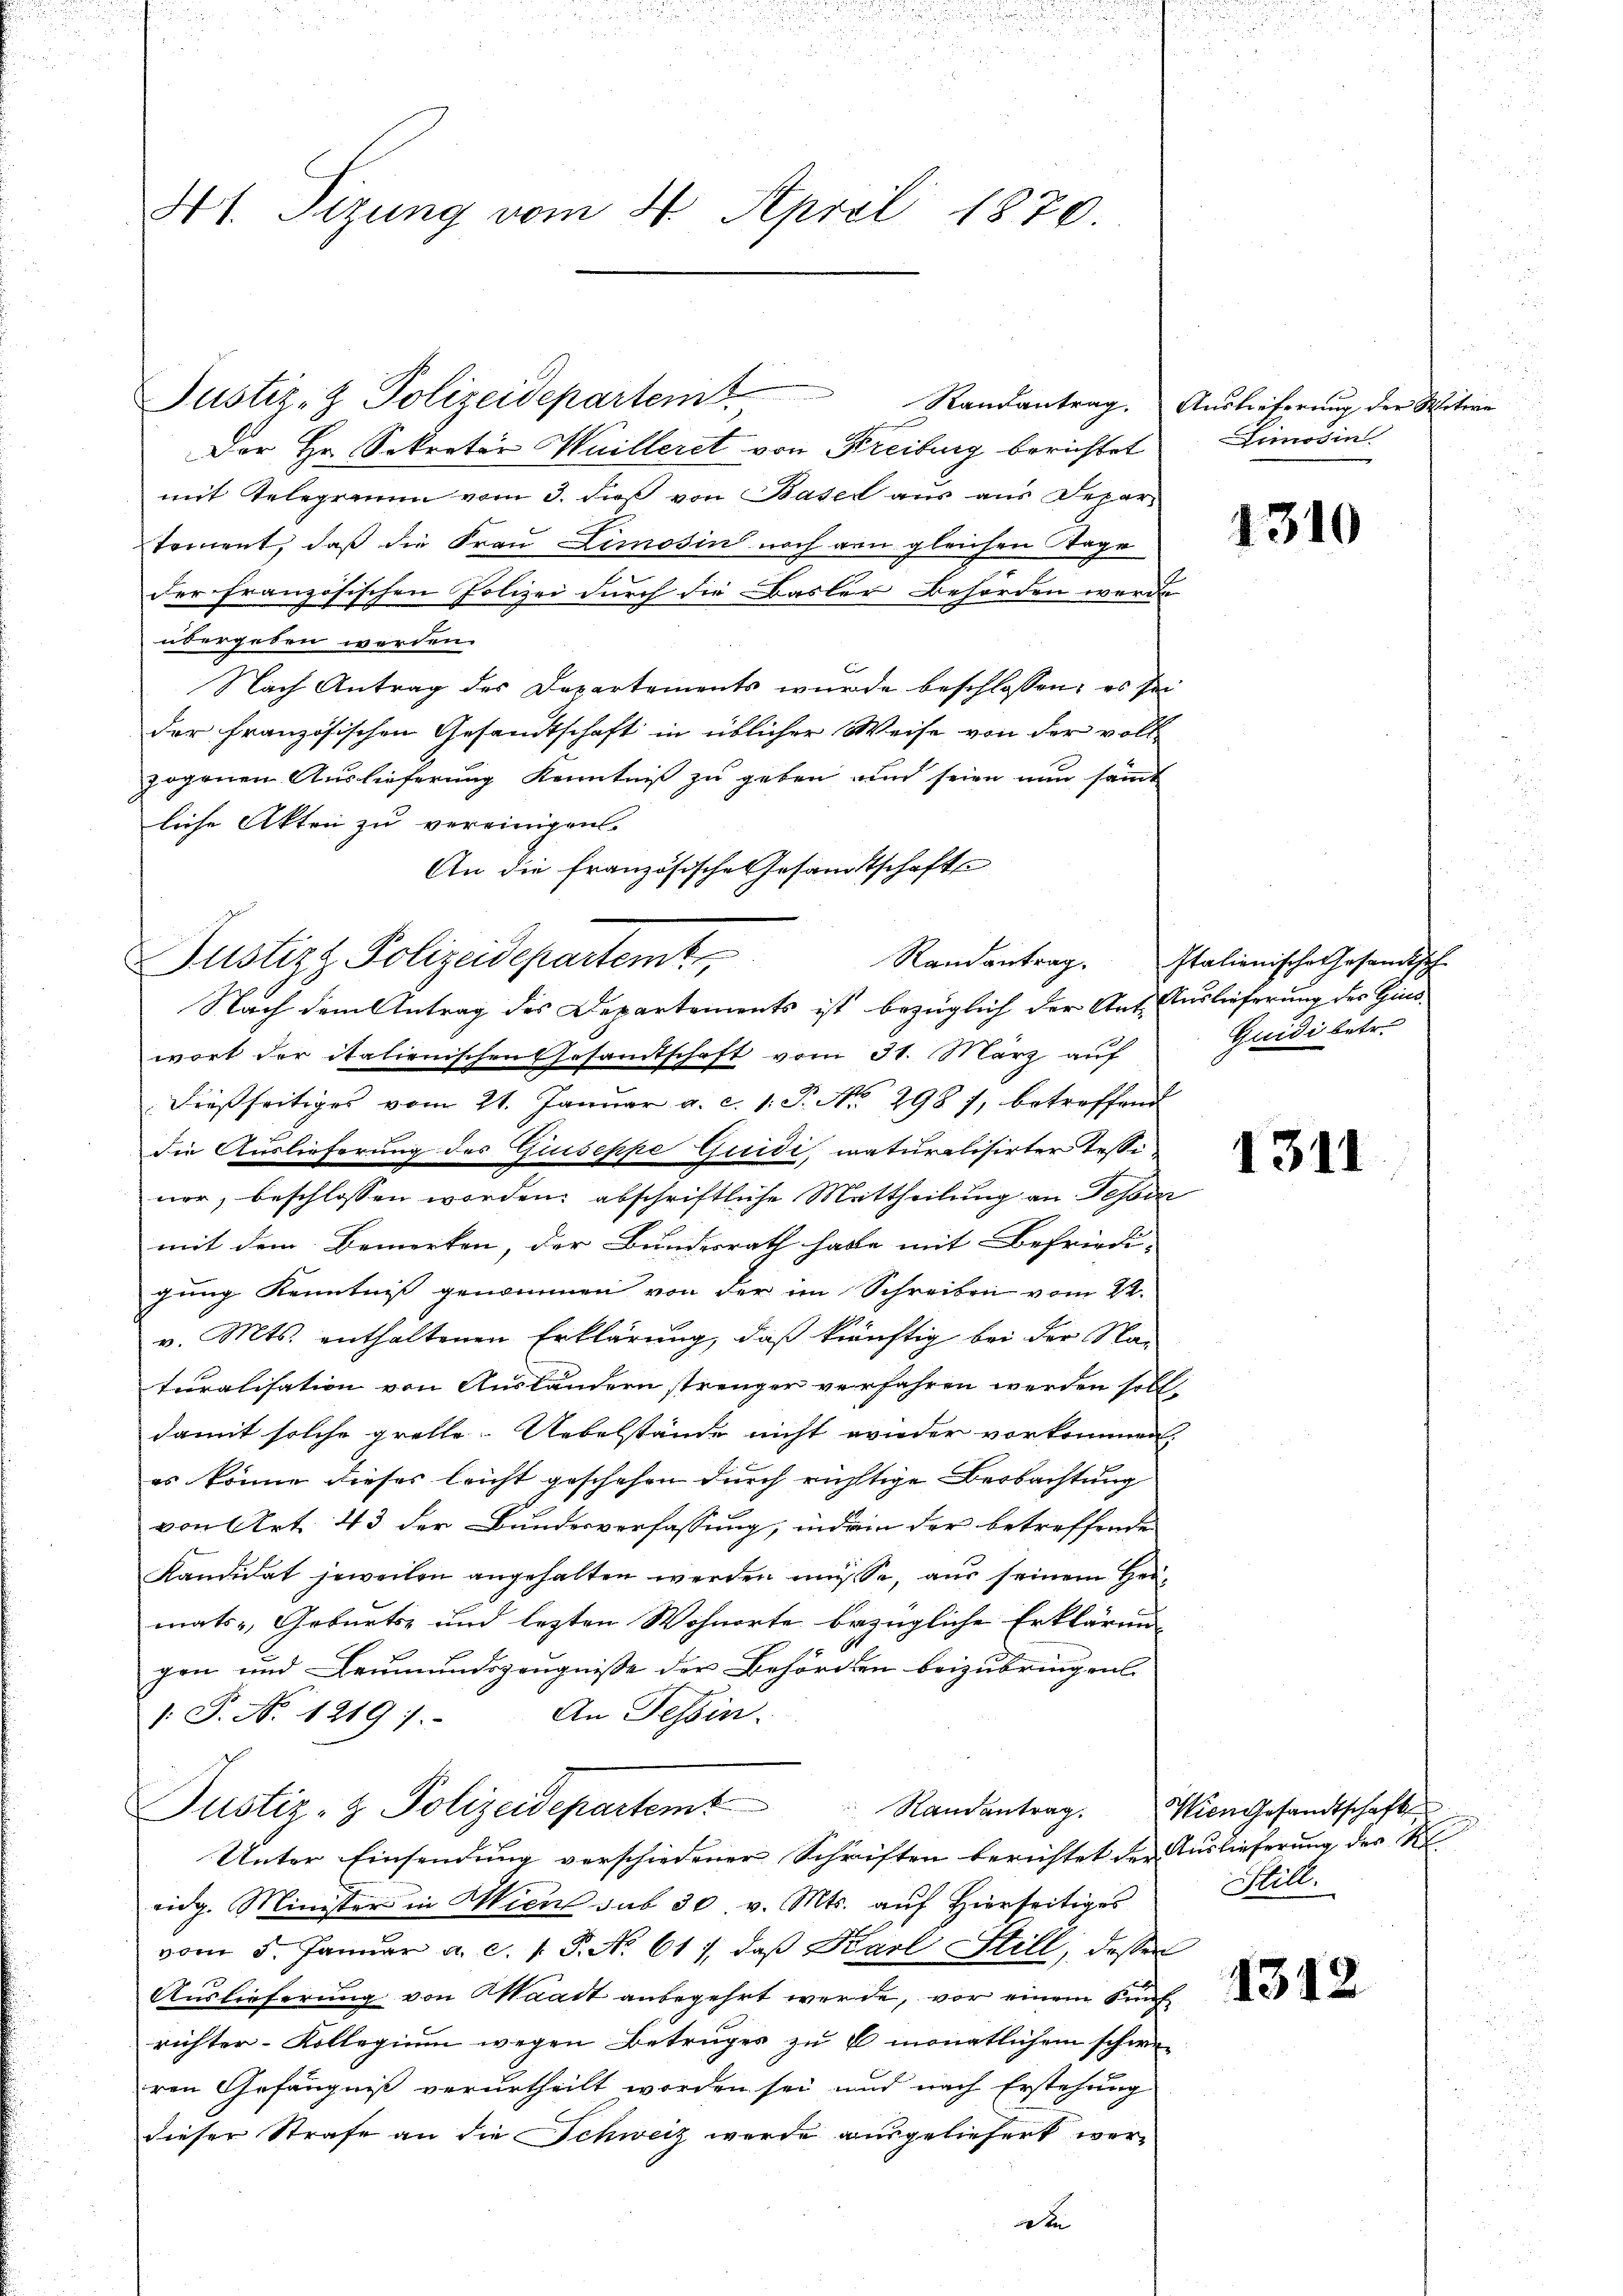
41. Tizung vom 4. April 1870.

Justiz & Polizeidepartemt

Justiz- & Polizeidepartem Randantrag.
Der Hr. Sekretär Huilleret von Freiburg berichtet
mit Telegramm vom 3. dies von Basel aus aus Depar¬
Toment, daß die Frau Limosin noch von gleichen Tage
der französischen Polizei durch die Basler Behörden werde
übergeben werden.
Nach Antrag des Departements wurde beschlossen: es sei
der Französischen Gesandtschaft in üblicher Weise von der voll-
zogenen Auslieferung Kenntniß zu geben und seien nun sammt
liche Akten zu vereinigen.
An die französische Gesandtschafts
wort der italienischen Gesamtschaft vom 31. März auf
dießseitiges vom 21. Januar a. c. 1. P. No. 298 7, betreffend
die Auslieferung des Giuseppe Guidi, naturalisirter Tessinor, beschlossen worden; abschriftliche Mittheilung an Fesser
mit dem Bemerken, der Bundesrath habe mit Befriedi-
gung Kenntnis genommen von der im Schreiben vom 22.
v. Mts. enthaltenen Erklärung, daß künftig bei der Man
turalisation von Ausländern strenger verfahren werden soll.
damit solche grelle Uebelstände nicht wieder vorkommen,
es könne dieses leicht geschehen durch richtige Beobachtung
von Art. 43 der Bundesverfassung, indem der betreffende
Kandidat jeweilen angehalten werden müsse, aus seinem Heimats-, Geburts- und lezten Wohnorte bezügliche Erklärung
gen und Leumundszeugnisse der Behörden beizubringen.
An Tessin.
1. P. No. 1219).
Justiz- & Polizeidepartem Randantrag.
Unter Einsendung verschiedener Schriften berichtet der Auslieferung des Re
eidg. Minister in Wien sub 30 v. Mts. auf Hierseitiges
vom 5. Janŭar a. c. 1. P. No. 611. daβ Karl Still, dessen
Auslieferung von Waadt anbegehrt werde, vor einem Künf
richter-Kollegium wegen Betruges zu 6 monatlichem schweren Gefängniß verurtheilt worden sei und nach Erstehung
dieser Strafe an die Schweiz wurde ausgeliefert wer-
daten

Nach dem Antrag des Departements ist bezüglich der Ant. Auslieferung des Gind¬

Auslieferung der Witwe
Limosin

4310

Randantrag. Italienische Gesandtsch
Quidi betr.

1311

Wien Gesandtschaft
ill.

131.